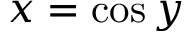
x = \cos y \,